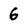
Character: 6